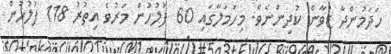
ހަދަމުންދާ ޒުވާން ކުދިންނެވެ. މިހަމަލާގައި 60 ފުލުހުން މަރުވެ އިތުރު 118 ފުލުހުން